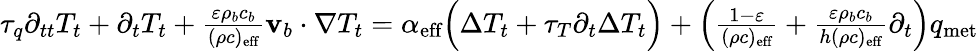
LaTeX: \begin{array}{r}{\tau_{q}\partial_{tt}T_{t}+\partial_{t}T_{t}+\frac{\varepsilon\rho_{b}c_{b}}{(\rho c)_{\textrm{eff}}}\mathbf v_{b}\cdot\nabla T_{t}=\alpha_{\textrm{eff}}\Big(\Delta T_{t}+\tau_{T}\partial_{t}\Delta T_{t}\Big)+\left(\frac{1-\varepsilon}{(\rho c)_{\textrm{eff}}}+\frac{\varepsilon\rho_{b}c_{b}}{h(\rho c)_{\textrm{eff}}}\partial_{t}\right)q_{\textrm{met}}}\end{array}